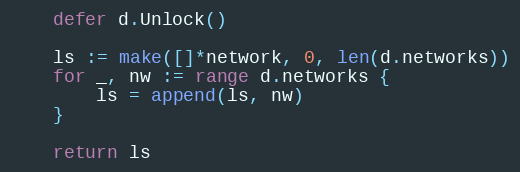
Language: Go
	defer d.Unlock()

	ls := make([]*network, 0, len(d.networks))
	for _, nw := range d.networks {
		ls = append(ls, nw)
	}

	return ls